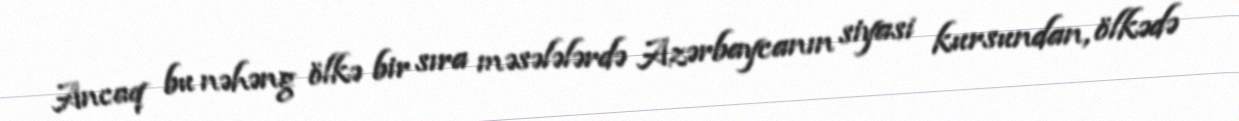
Ancaq bu nəhəng ölkə bir sıra məsələlərdə Azərbaycanın siyasi kursundan, ölkədə